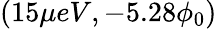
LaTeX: (15\mu eV,-5.28\phi_{0})